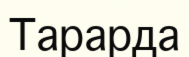
Тарарда